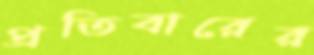
প্রতিবারের